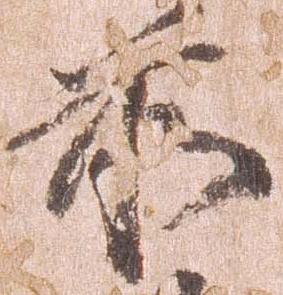
前